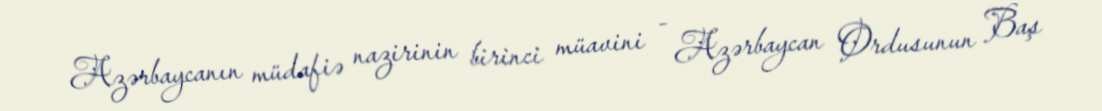
Azərbaycanın müdafiə nazirinin birinci müavini - Azərbaycan Ordusunun Baş